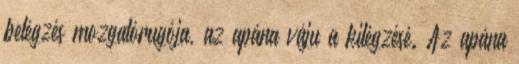
belégzés mozgatórugója, az apána váju a kilégzésé. Az apána